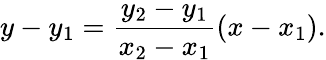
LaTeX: y-y_{1}={\frac{y_{2}-y_{1}}{x_{2}-x_{1}}}(x-x_{1}).